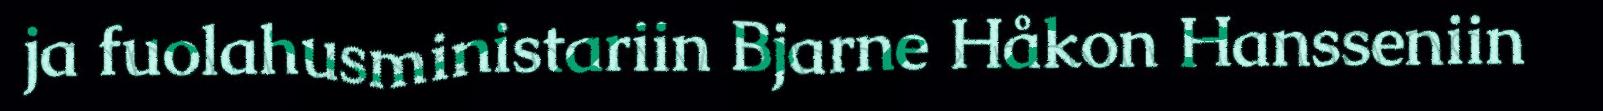
ja fuolahusministariin Bjarne Håkon Hansseniin